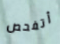
أتفحص